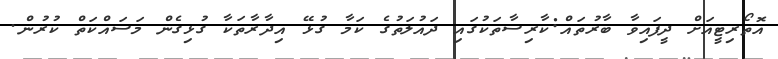
އޮތޯރިޓީއަށް ދީފައިވާ ބާރުތައް:ކާރިސާތަކުގައި ދައުލަތުގެ ކަމާ ގުޅޭ އިދާރާތަކާ ގުޅިގެން މަސައްކަތް ކުރުން.